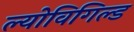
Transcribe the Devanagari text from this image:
ल्योविगिल्ड